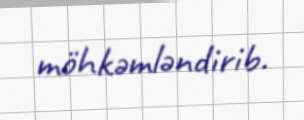
möhkəmləndirib.